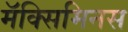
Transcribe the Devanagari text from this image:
मॅक्सिमिनस